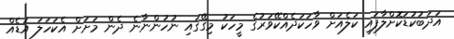
އަދަބުކުޑަކޮށްލާފައި ކަލެއަށް ވާހަކަދެއްކޭވަރުގެ މީހަކު މިގޭގައި ނުހުންނާނެ ދެން މަށަށް އެކަހަލަ އަޑެއް